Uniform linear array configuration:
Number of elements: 16
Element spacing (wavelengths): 0.75
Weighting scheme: blackman
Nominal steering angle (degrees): -45
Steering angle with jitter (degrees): -46.19
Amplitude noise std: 0.05
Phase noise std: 0.05

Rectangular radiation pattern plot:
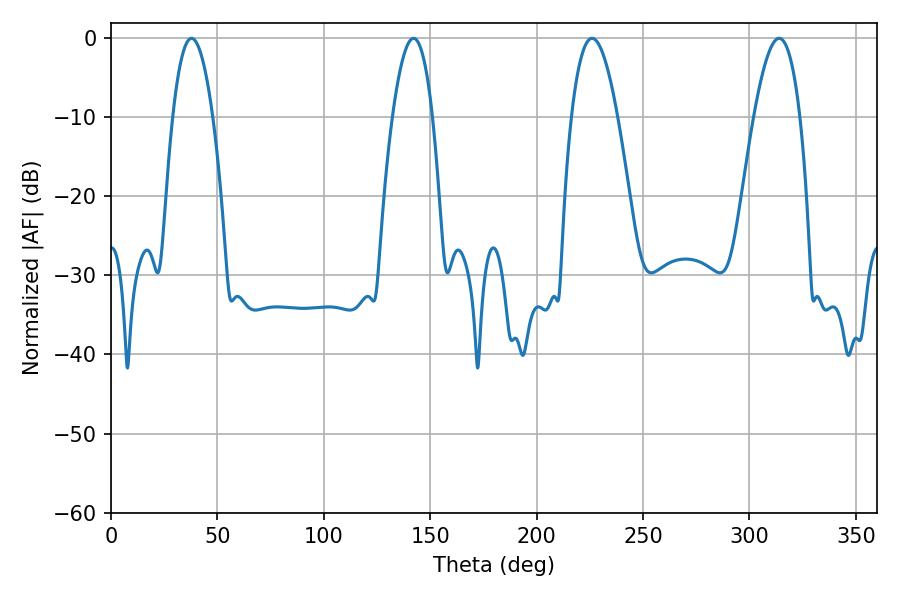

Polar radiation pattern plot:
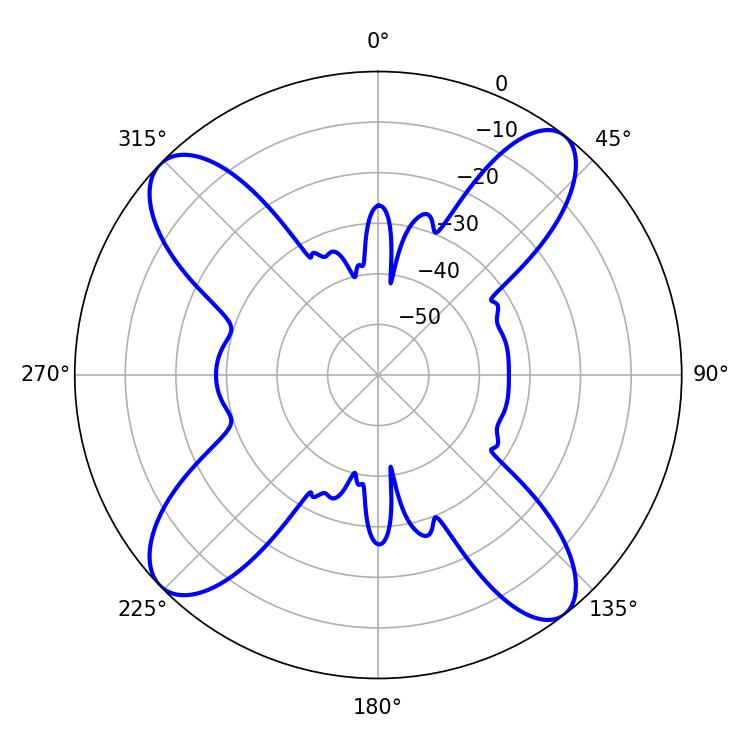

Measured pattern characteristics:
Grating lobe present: TRUE
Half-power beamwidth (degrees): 11.88
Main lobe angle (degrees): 226.08